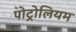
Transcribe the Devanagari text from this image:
पोट्रोलियम